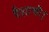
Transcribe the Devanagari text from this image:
पैशाची।